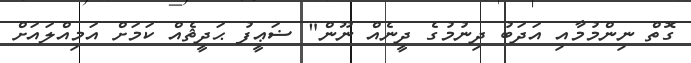
ގޮތް ނިންމުމާއި އަދަބު ދިނުމުގެ ދީނެއް ނޫން" ޟަޢީފު ޙަދީޘެއް ކަމަށް އަމިއްލައަށް